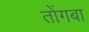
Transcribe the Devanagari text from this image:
तोंगबा